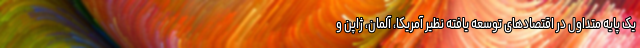
یک پایه متداول در اقتصادهای توسعه یافته نظیر آمریکا، آلمان، ژاپن و